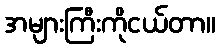
အများကြီးကိုငယ်တာ။